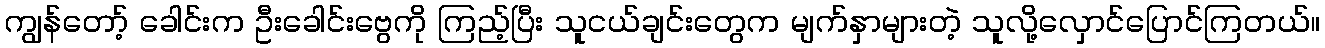
ကျွန်တော့် ခေါင်းက ဦးခေါင်းဗွေကို ကြည့်ပြီး သူငယ်ချင်းတွေက မျက်နှာများတဲ့ သူလို့လှောင်ပြောင်ကြတယ်။